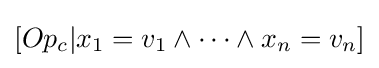
[Op_{c}|x_{1}=v_{1}\land \dots \land x_{n}=v_{n}]